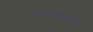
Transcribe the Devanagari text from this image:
मामांकडेच